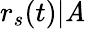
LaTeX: r_{s}(t)|\mathit{A}